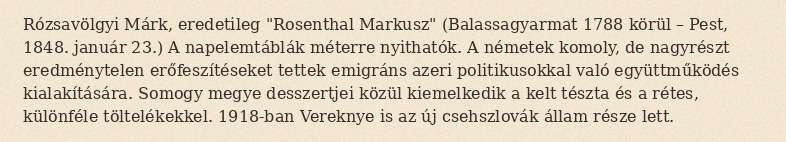
Rózsavölgyi Márk, eredetileg "Rosenthal Markusz" (Balassagyarmat 1788 körül – Pest, 1848. január 23.) A napelemtáblák méterre nyithatók. A németek komoly, de nagyrészt eredménytelen erőfeszítéseket tettek emigráns azeri politikusokkal való együttműködés kialakítására. Somogy megye desszertjei közül kiemelkedik a kelt tészta és a rétes, különféle töltelékekkel. 1918-ban Vereknye is az új csehszlovák állam része lett.